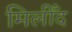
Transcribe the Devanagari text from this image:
मिलीँद